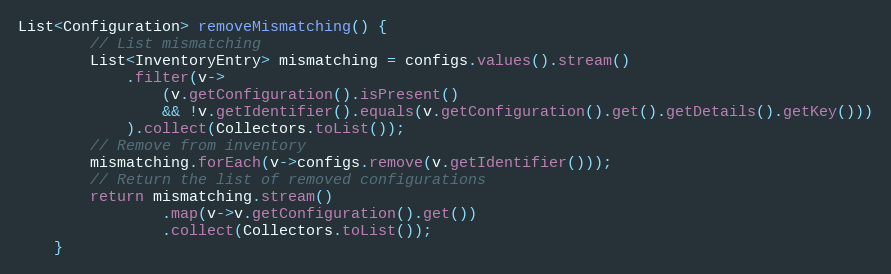
Language: Java
List<Configuration> removeMismatching() {
		// List mismatching
		List<InventoryEntry> mismatching = configs.values().stream()
			.filter(v->
				(v.getConfiguration().isPresent()
				&& !v.getIdentifier().equals(v.getConfiguration().get().getDetails().getKey()))
			).collect(Collectors.toList());
		// Remove from inventory
		mismatching.forEach(v->configs.remove(v.getIdentifier()));
		// Return the list of removed configurations
		return mismatching.stream()
				.map(v->v.getConfiguration().get())
				.collect(Collectors.toList());
	}